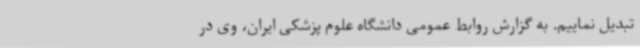
تبدیل نماییم. به گزارش روابط عمومی دانشگاه علوم پزشکی ایران، وی در